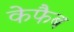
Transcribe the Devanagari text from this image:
केफैब